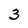
Character: 3